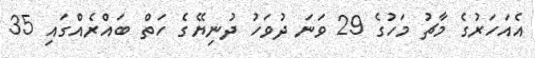
އެއަހަރުގެ މާޗު މަހުގެ 29 ވަނަ ދުވަހު ދުނިޔޭގެ ހަތް ބައްރެއްގައި 35